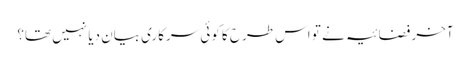
آخر فضائیہ نے تو اس طرح کا کوئی سرکاری بیان دیا نہیں تھا؟